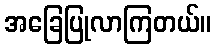
အခြေပြုလာကြတယ်။